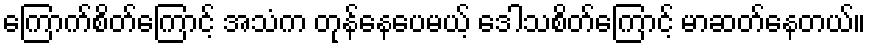
ကြောက်စိတ်ကြောင့် အသံက တုန်နေပေမယ့် ဒေါသစိတ်ကြောင့် မာဆတ်နေတယ်။